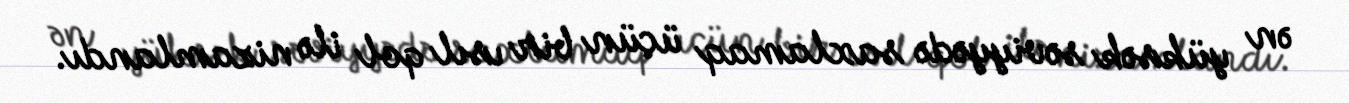
ən yüksək səviyyədə saxlamaq üçün bir ısıl qol ilə nizamlandı.